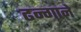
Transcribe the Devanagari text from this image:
ढन्गाने